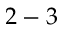
2 - 3